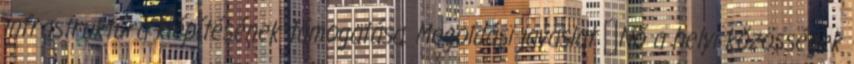
infrastruktúra kiépítésének támogatása. Megoldási javaslat ▪Nő a helyi közösségek